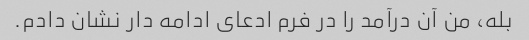
بله، من آن درآمد را در فرم ادعای ادامه دار نشان دادم.